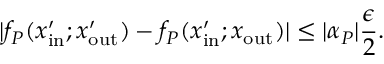
| f _ { P } ( x _ { \mathrm { i n } } ^ { \prime } ; x _ { \mathrm { o u t } } ^ { \prime } ) - f _ { P } ( x _ { \mathrm { i n } } ^ { \prime } ; x _ { \mathrm { o u t } } ) | \leq | \alpha _ { P } | \frac { \epsilon } { 2 } .